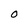
Character: O